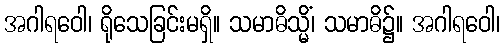
အဂါရဝေါ၊ ရိုသေခြင်းမရှိ။ သမာဓိသ္မိံ၊ သမာဓိ၌။ အဂါရဝေါ၊